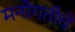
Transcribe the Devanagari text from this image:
मनोगतीचे